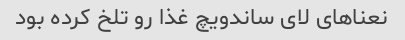
نعناهای لای ساندویچ غذا رو تلخ کرده بود